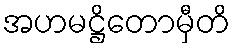
အဟမဋ္ဌိတောမှီတိ